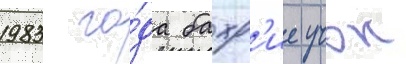
1983 го́да бахр'ие учок